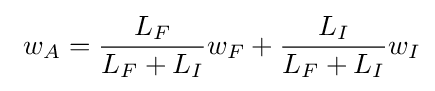
\ w_{A}={\frac {L_{F}}{L_{F}+L_{I}}}w_{F}+{\frac {L_{I}}{{L_{F}}+{L_{I}}}}w_{I}